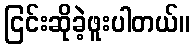
ငြင်းဆိုခဲ့ဖူးပါတယ်။